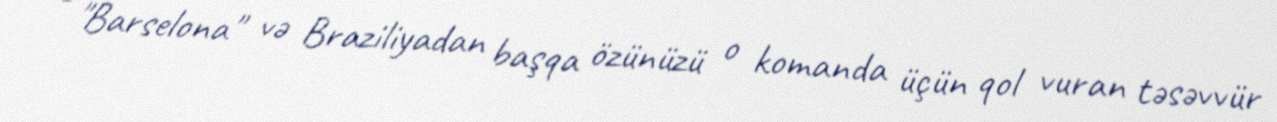
- "Barselona" və Braziliyadan başqa özünüzü o komanda üçün qol vuran təsəvvür